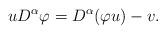
LaTeX: \begin{align*}u D^{\alpha} \varphi = D^{\alpha} (\varphi u) - v.\end{align*}